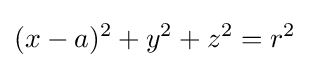
(x-a)^{2}+y^{2}+z^{2}=r^{2}